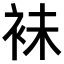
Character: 𧙕